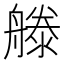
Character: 𣽨